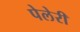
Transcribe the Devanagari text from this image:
पेलेरी